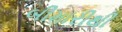
બીમારીથી